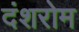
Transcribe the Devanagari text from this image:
दंशरोम